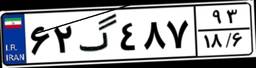
۶۲گ۴۸۷۹۳